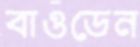
বাওডেন